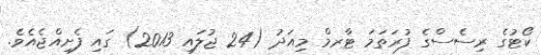
ކޯޓުގެ ރިސެސްގެ ފުރަތަމަ ޓާރމް މިއަދު (24 ޖުލައި 2013) ގައި ފެށިއްޖެއެވެ.